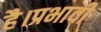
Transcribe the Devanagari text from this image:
है।प्रभावी